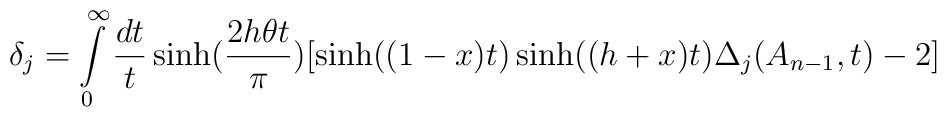
\delta _j=\int\limits_0^\infty \frac{dt}t\sinh (\frac{2h\theta t}\pi )[\sinh ((1-x)t)\sinh((h+x)t)\Delta _j(A_{n-1},t)-2]